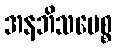
အနဘိသမေစ္စ